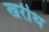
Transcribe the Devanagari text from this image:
खरीथ